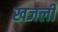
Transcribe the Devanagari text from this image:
खजली